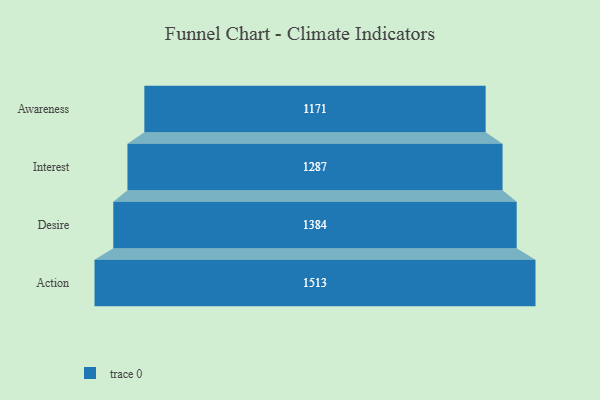
{"axis": {"x": "Stage", "y": "Value"}, "legend": [""], "data": [{"x": "Awareness", "y": 1171.0, "type": ""}, {"x": "Interest", "y": 1287.0, "type": ""}, {"x": "Desire", "y": 1384.0, "type": ""}, {"x": "Action", "y": 1513.0, "type": ""}]}